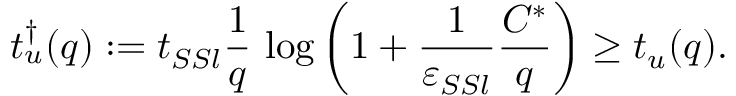
t _ { u } ^ { \dagger } ( q ) : = t _ { S S l } \frac { 1 } { q } \, \log \left( 1 + \frac { 1 } { \varepsilon _ { S S l } } \frac { C ^ { * } } { q } \right) \geq t _ { u } ( q ) .